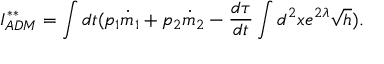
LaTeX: I _ { A D M } ^ { * * } = \int d t ( p _ { 1 } \dot { m } _ { 1 } + p _ { 2 } \dot { m } _ { 2 } - \frac { d \tau } { d t } \int d ^ { 2 } x e ^ { 2 \lambda } \sqrt { h } ) .